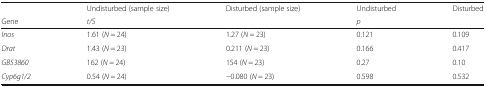
|  | Undisturbed (sample size) | Disturbed (sample size) | Undisturbed | Disturbed |
 | Gene | <COLSPAN=2> t/S | <COLSPAN=2> p |
 | --- | --- | --- | --- | --- |
 | Inos | 1.61 (N = 24) | 1.27 (N = 23) | 0.121 | 0.109 |
 | Drat | 1.43 (N = 23) | 0.211 (N = 23) | 0.166 | 0.417 |
 | GB53860 | 162 (N = 24) | 154 (N = 23) | 0.27 | 0.10 |
 | Cyp6g1/2 | 0.54 (N = 24) | −0.080 (N = 23) | 0.598 | 0.532 |